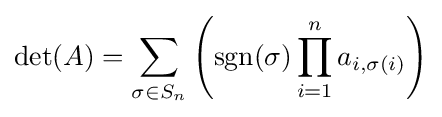
\det(A)=\sum _{\sigma \in S_{n}}\left(\operatorname {sgn} (\sigma )\prod _{i=1}^{n}a_{i,\sigma (i)}\right)